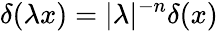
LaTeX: \delta(\lambda x)=|\lambda|^{-n}\delta(x)